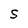
Character: S